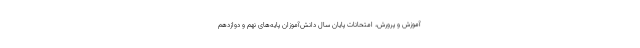
آموزش و پرورش، امتحانات پایان سال دانش‌آموزان پایه‌های نهم و دوازدهم